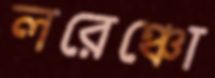
লরেঞ্চো